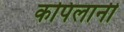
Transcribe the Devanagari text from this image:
कपिलानी